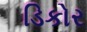
ડિકોર